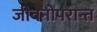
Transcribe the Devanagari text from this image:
जीवनोपरान्त